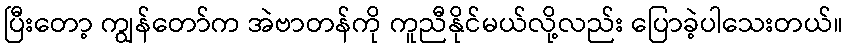
ပြီးတော့ ကျွန်တော်က အဲဗာတန်ကို ကူညီနိုင်မယ်လို့လည်း ပြောခဲ့ပါသေးတယ်။